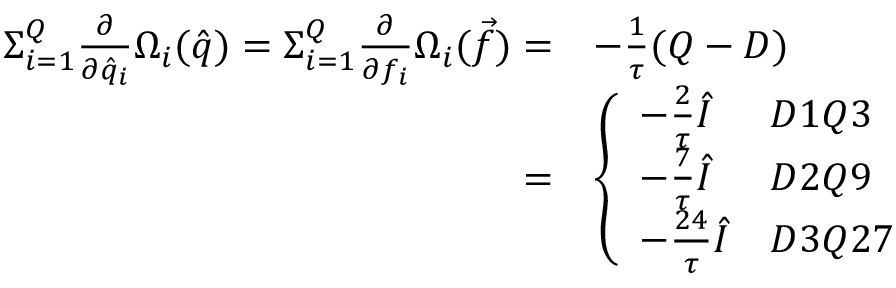
\begin{array} { r l } { { \Sigma } _ { i = 1 } ^ { Q } \frac { \partial } { \partial \hat { q } _ { i } } \Omega _ { i } ( \hat { q } ) = { \Sigma } _ { i = 1 } ^ { Q } \frac { \partial } { \partial f _ { i } } \Omega _ { i } ( \vec { f } ) = } & { - \frac { 1 } { \tau } ( Q - D ) } \\ { = } & { \left\{ \begin{array} { l l } { - \frac { 2 } { \tau } \hat { I } } & { D 1 Q 3 } \\ { - \frac { 7 } { \tau } \hat { I } } & { D 2 Q 9 } \\ { - \frac { 2 4 } { \tau } \hat { I } } & { D 3 Q 2 7 } \end{array} \right. } \end{array}